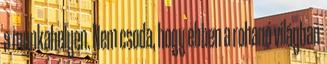
a munkahelyen. Nem csoda, hogy ebben a rohanó világban